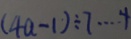
( 4 a - 1 ) \div 7 \cdots 4